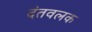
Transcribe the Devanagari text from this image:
दंतवलक